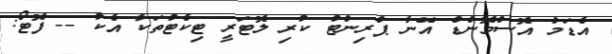
އެޑަމް އޮސްމޮންޑް އޭނާ ޕްރިންޓު ކުރި ލޮޓަރީ ޓިކެޓުތަކާ އެކު -- ފޮޓޯ: